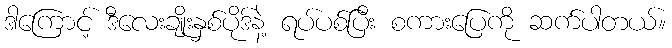
ဒါကြောင့် ဒီလေးချိုးနှစ်ပိုဒ်နဲ့ ရပ်ပစ်ပြီး စကားပြေကို ဆက်ပါတယ်။